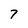
Character: 7